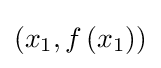
\left(x_{1},f\left(x_{1}\right)\right)